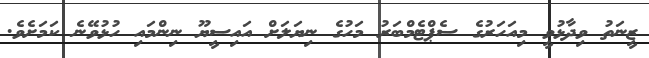
ޒީނަތު ވިދާޅުވީ މިއަހަރުގެ ސެޕްޓެމްބަރު މަހުގެ ނިޔަލަށް އައިސީޔޫ ނިންމައި ހުޅުވޭނެ ކަމަށެވެ.